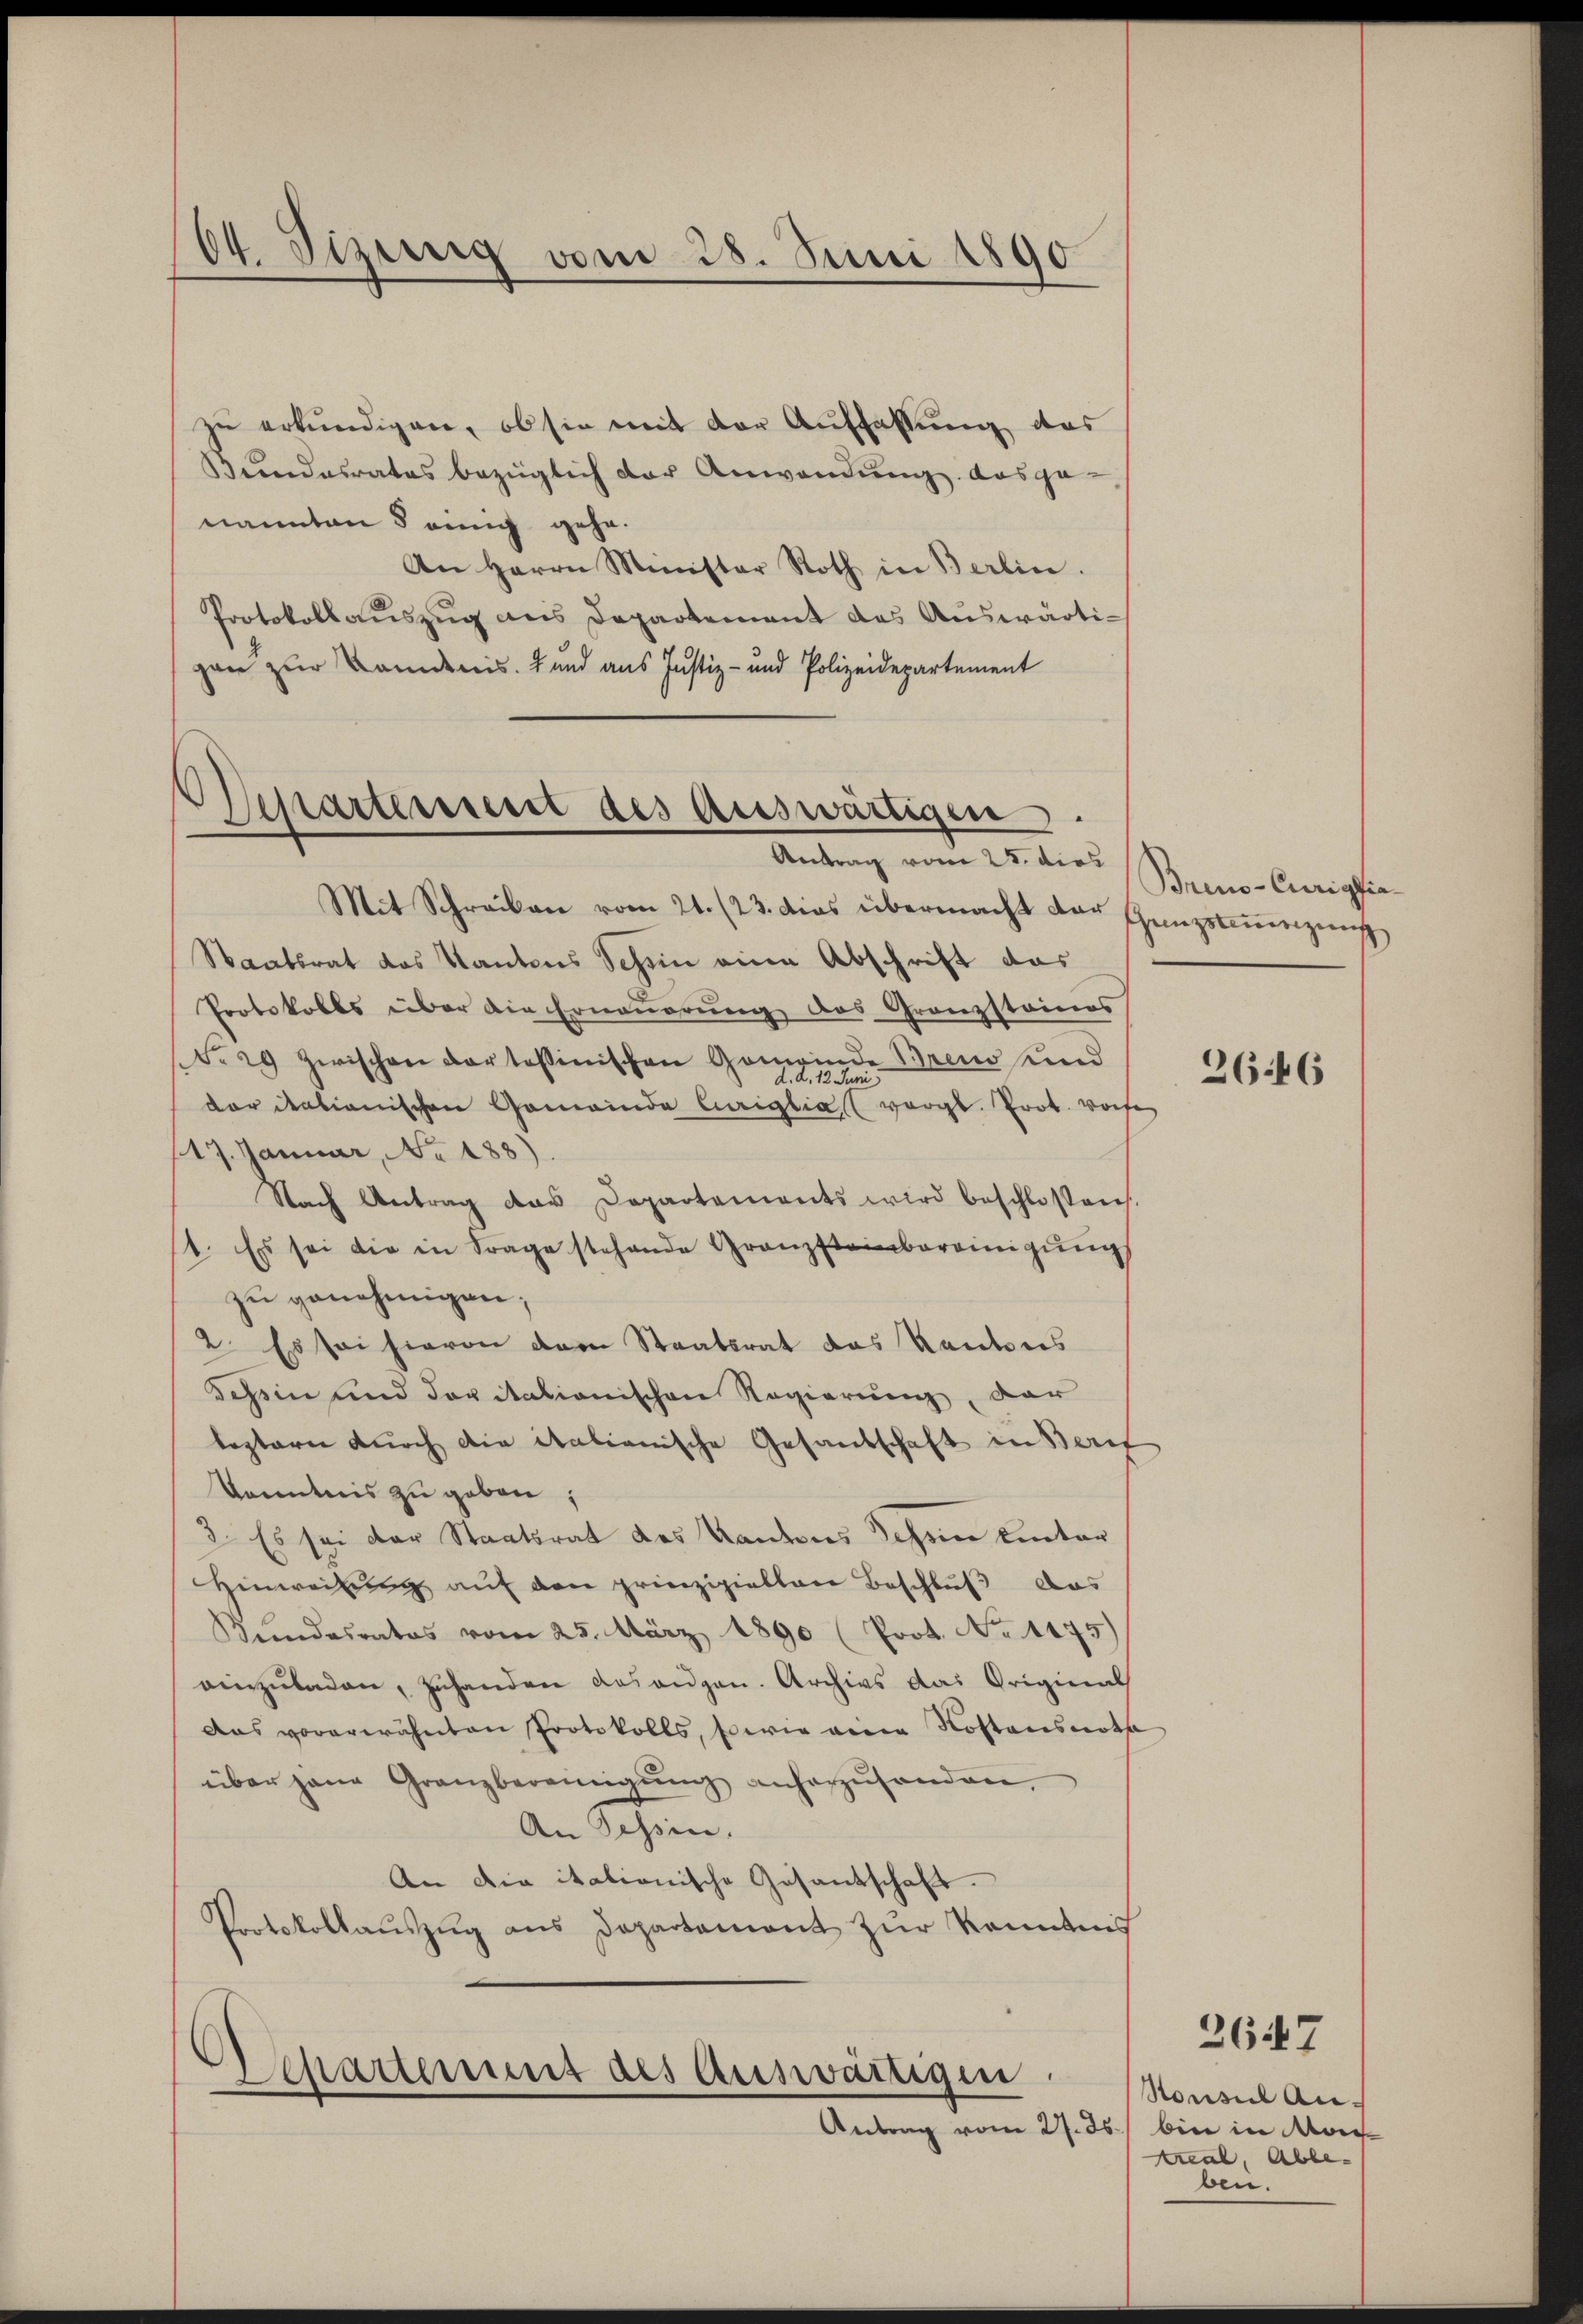
04. Sizung vom 28. Juni 1890

zu erkundigen, ob sie mit der Auffassung des
Bundesrates bezüglich der Anwendung ausge-
nannten § einig gehe.
An Herrn Minister Roth in Berlin.
Protokollauszug aus Departement des Auswärtigan zur Landen ist und aus Justiz- und Polizeidepartement

Dessartensseit des auswärtigen.
Antrag vom 25. dies

Mit Schreiben vom 21. (23. dies übermacht der Genzstammenzung
Staatsrat das Kantons Schen eine Abschrift das
Protokolls über die Erneŭerŭng des Granzstaines
No 29 zwischen dar tessinischen Gemeinde Brend und
d. d. 12. Juni
der dationischen Gemeinde Curiglia vergl. Prot. worfe
17. Januar, No 188).
Nach Antrag das Departements wird beschlossen.
1. Es sei die in Frage stehende Granzsteinbereinigŭng
zu genehmigen;
2. Es sei hievon dem Staatsrat das Kantons
Tessin und daritationischen Regierung, der
leptern durch die italianische Gesandschaft in Beruf
Kenntnis zŭ geben;
2. Es sei der Staatsrat des Kandes Tessine Einter
Hinweisung auf den prinzipiellare Beschlŭβ das
Keindesrates vom 25. März 1890 (Prot. No 1475)
einzŭladen, zŭhanden gesangen. Archivs das Original
Das vorerwähnten Protokolls, sowie viene Kostensnota
über jana Granzbereinigŭng anherzŭsenden
An Tessin.
An die italionische Gesantschaft.
Protokollaŭszŭg ans Departamant zŭr Kenntnis

Departement des Auswärtigen.
Antrag vom 27. ds. bin in Mor

Brino-Curigfia¬

2646

Honsul An-
Areal, Ableben.

2647